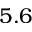
5 . 6